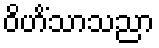
ဝိဟိံသာသညာ